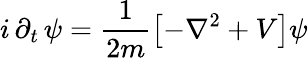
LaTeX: i\, \partial_{t}\, \psi=\frac{1}{2m}\left[-\nabla^{2}+V\right]\psi